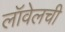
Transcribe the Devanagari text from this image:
लॉवेलची